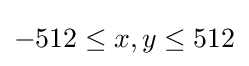
-512\leq x,y\leq 512